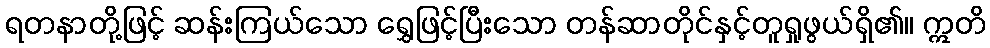
ရတနာတို့ဖြင့် ဆန်းကြယ်သော ရွှေဖြင့်ပြီးသော တန်ဆာတိုင်နှင့်တူရှုဖွယ်ရှိ၏။ ဣတိ